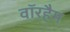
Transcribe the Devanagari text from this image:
वॉरहैम